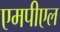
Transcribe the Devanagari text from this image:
एमपीएल